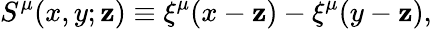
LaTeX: S^{\mu}(x,y;\mathbf{z})\equiv\xi^{\mu}(x-\mathbf{z})-\xi^{\mu}(y-\mathbf{z}),